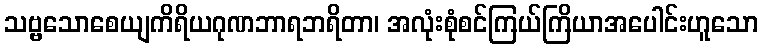
သဗ္ဗသောစေယျကိရိယဂုဏဘာရဘရိတာ၊ အလုံးစုံစင်ကြယ်ကြိယာအပေါင်းဟူသော